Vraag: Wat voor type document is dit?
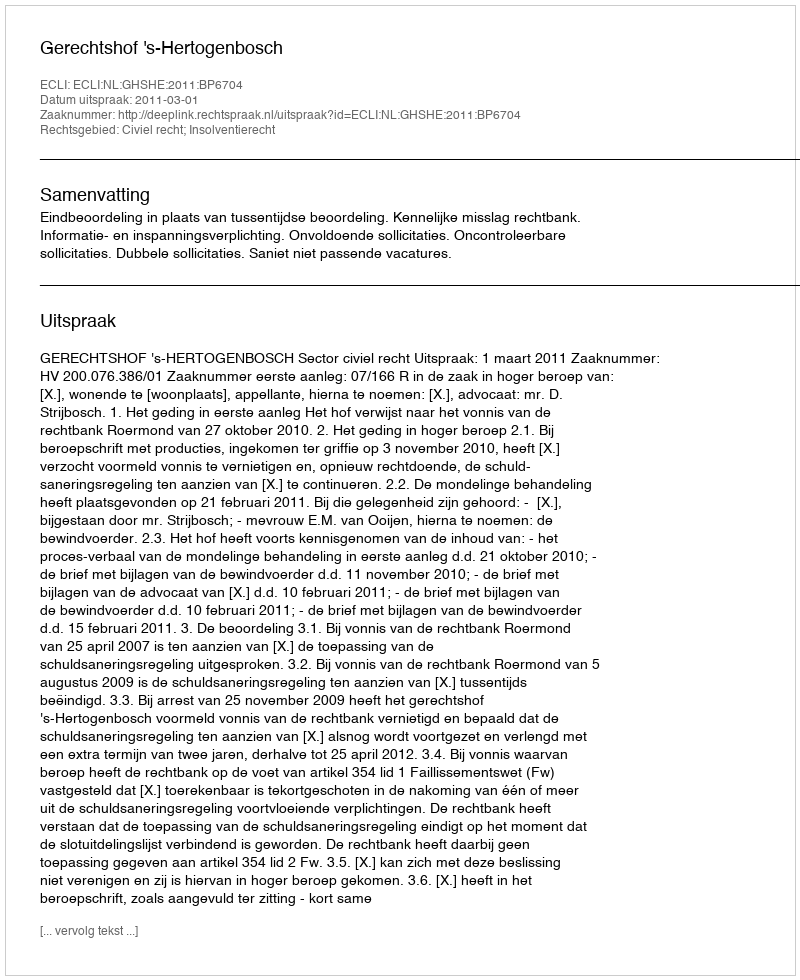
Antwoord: Uitspraak